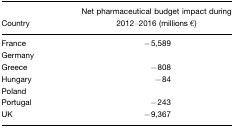
<table><thead><tr><td><b>Country</b></td><td><b>Net pharmaceutical budget impact during 2012–2016 (millions €)</b></td></tr></thead><tbody><tr><td>France</td><td>−5,589</td></tr><tr><td>Germany</td><td>[EMPTY_CELL]</td></tr><tr><td>Greece</td><td>−808</td></tr><tr><td>Hungary</td><td>−84</td></tr><tr><td>Poland</td><td>[EMPTY_CELL]</td></tr><tr><td>Portugal</td><td>−243</td></tr><tr><td>UK</td><td>−9,367</td></tr></tbody></table>